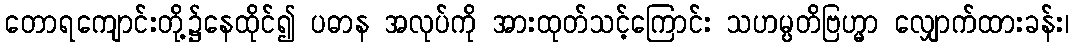
တောရကျောင်းတို့၌နေထိုင်၍ ပဓာန အလုပ်ကို အားထုတ်သင့်ကြောင်း သဟမ္ပတိဗြဟ္မာ လျှောက်ထားခန်း၊